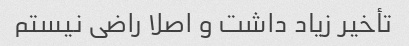
تأخیر زیاد داشت و اصلا راضی نیستم